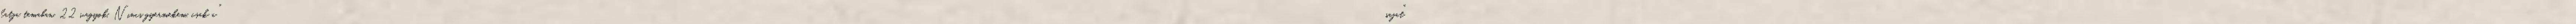
latja temaban. 22 vagyok. Nincs gyermekem, csak a "sajat"